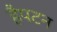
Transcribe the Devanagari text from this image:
हैपटन